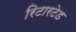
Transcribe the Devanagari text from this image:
रिटारटेड